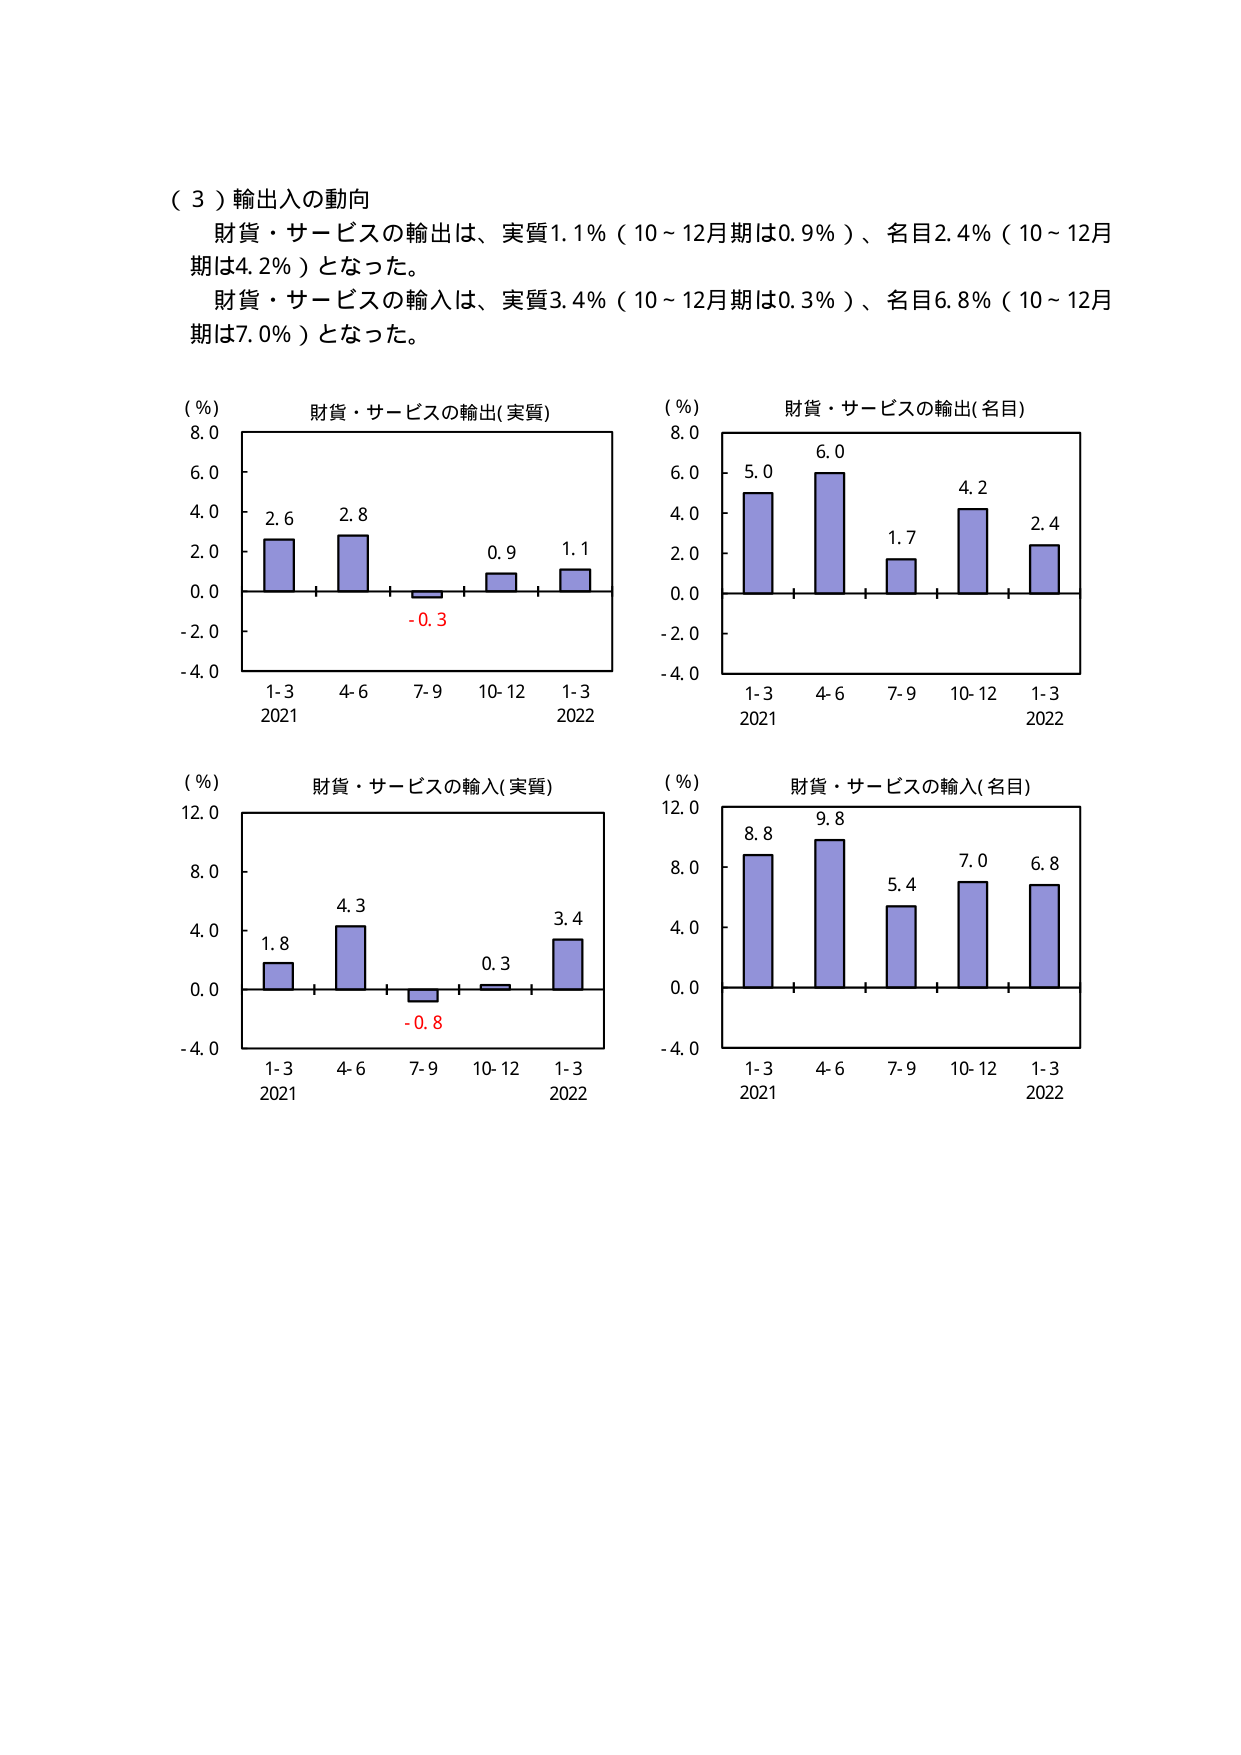
（３）輸出入の動向
財貨・サービスの輸出は、実質1.1％（10～12月期は0.9％）、名目2.4％（10～12月期は4.2％）となった。
財貨・サービスの輸入は、実質3.4％（10～12月期は0.3％）、名目6.8％（10～12月期は7.0％）となった。

（％）
財貨・サービスの輸出（実質）
8.0
6.0
4.0
2.0
0.0
-2.0
-4.0
2.6
2.8
-0.3
0.9
1.1
1-3
4-6
7-9
10-12
1-3
2021
2022

（％）
財貨・サービスの輸出（名目）
8.0
6.0
4.0
2.0
0.0
-2.0
-4.0
5.0
6.0
1.7
4.2
2.4
1-3
4-6
7-9
10-12
1-3
2021
2022

（％）
財貨・サービスの輸入（実質）
12.0
8.0
4.0
0.0
-4.0
1.8
4.3
-0.8
0.3
3.4
1-3
4-6
7-9
10-12
1-3
2021
2022

（％）
財貨・サービスの輸入（名目）
12.0
8.0
4.0
0.0
-4.0
8.8
9.8
5.4
7.0
6.8
1-3
4-6
7-9
10-12
1-3
2021
2022